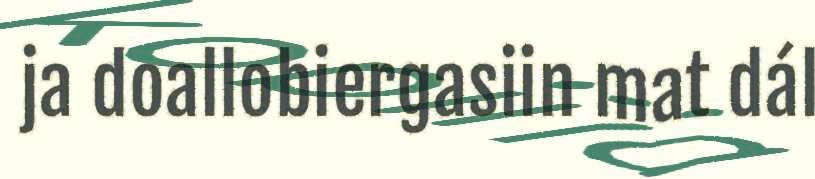
ja doallobiergasiin mat dál